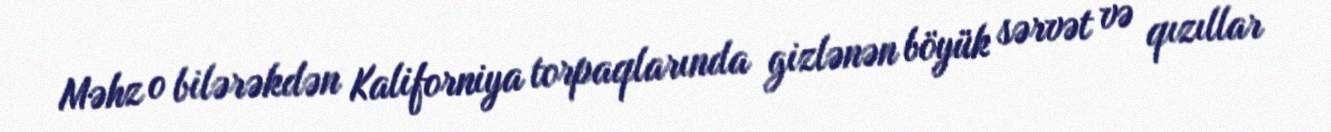
Məhz o bilərəkdən Kaliforniya torpaqlarında gizlənən böyük sərvət və qızıllar